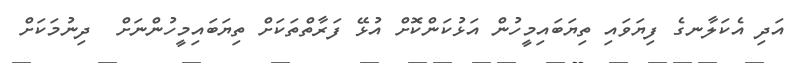
އަދި އެކަލާނގެ ފިޔަވައި ތިޔަބައިމީހުން އަޅުކަންކޮށް އުޅޭ ފަރާތްތަކަށް ތިޔަބައިމީހުންނަށް  ދިނުމަކަށް